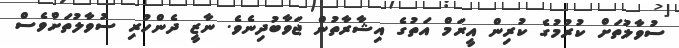
ސުވާލުތަށް ކުރުމުގެ ކުރިން އީރަމް އަތުގެ އިޝާރާތުން ޖަވާބުދިނެވެ. ނާޒީ ދެންހުރި ސުވާލުތަށްވެސް